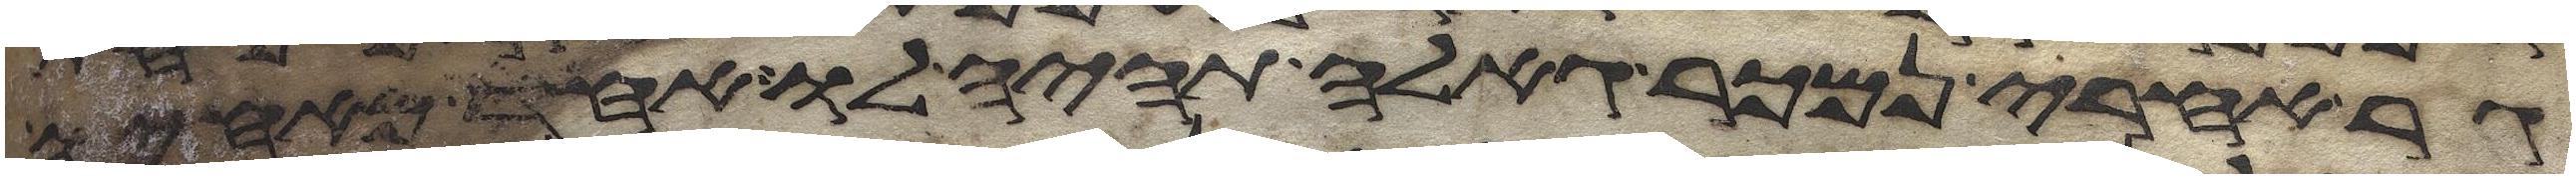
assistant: גר אחרי נמכר גאלה תהיה לו אחד מאחיו